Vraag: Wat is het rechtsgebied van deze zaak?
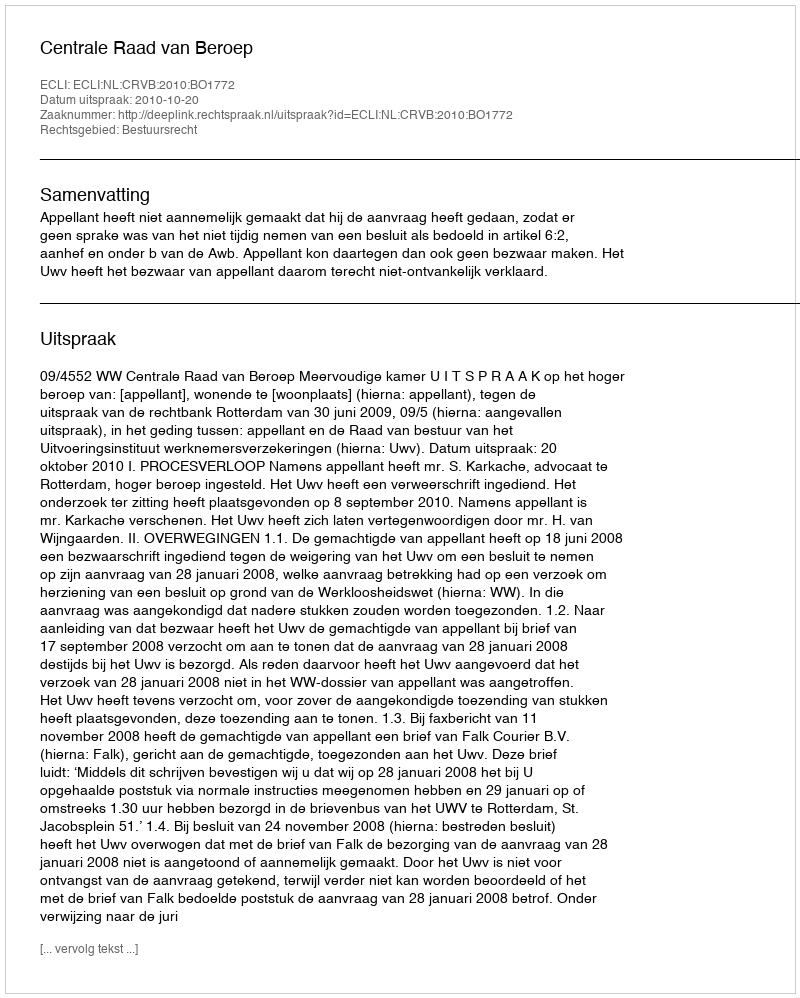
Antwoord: Bestuursrecht